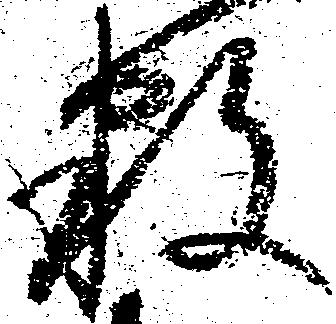
数